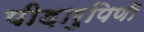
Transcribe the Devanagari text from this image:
पीड़ारुपिणी